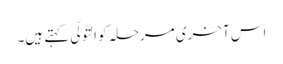
اس آخری مرحلہ کو اَلتَّوَلِّی کہتے ہیں۔